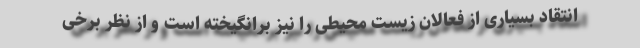
انتقاد بسیاری از فعالان زیست محیطی را نیز برانگیخته است و از نظر برخی